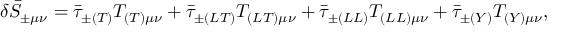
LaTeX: \delta \bar { S } _ { \pm \mu \nu } = \bar { \tau } _ { \pm ( T ) } T _ { ( T ) \mu \nu } + \bar { \tau } _ { \pm ( L T ) } T _ { ( L T ) \mu \nu } + \bar { \tau } _ { \pm ( L L ) } T _ { ( L L ) \mu \nu } + \bar { \tau } _ { \pm ( Y ) } T _ { ( Y ) \mu \nu } ,